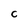
Character: C